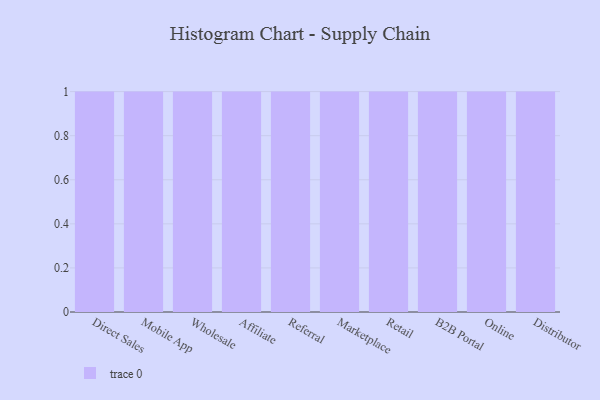
{"axis": {"x": "Channel", "y": "LTV (USD)"}, "legend": [""], "data": [{"x": "Direct Sales", "y": 9, "type": ""}, {"x": "Mobile App", "y": 83, "type": ""}, {"x": "Wholesale", "y": 68, "type": ""}, {"x": "Affiliate", "y": 16, "type": ""}, {"x": "Referral", "y": 9, "type": ""}, {"x": "Marketplace", "y": 3, "type": ""}, {"x": "Retail", "y": 76, "type": ""}, {"x": "B2B Portal", "y": 86, "type": ""}, {"x": "Online", "y": 95, "type": ""}, {"x": "Distributor", "y": 9, "type": ""}]}